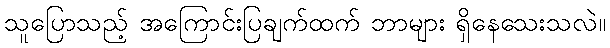
သူပြောသည့် အကြောင်းပြချက်ထက် ဘာများ ရှိနေသေးသလဲ။